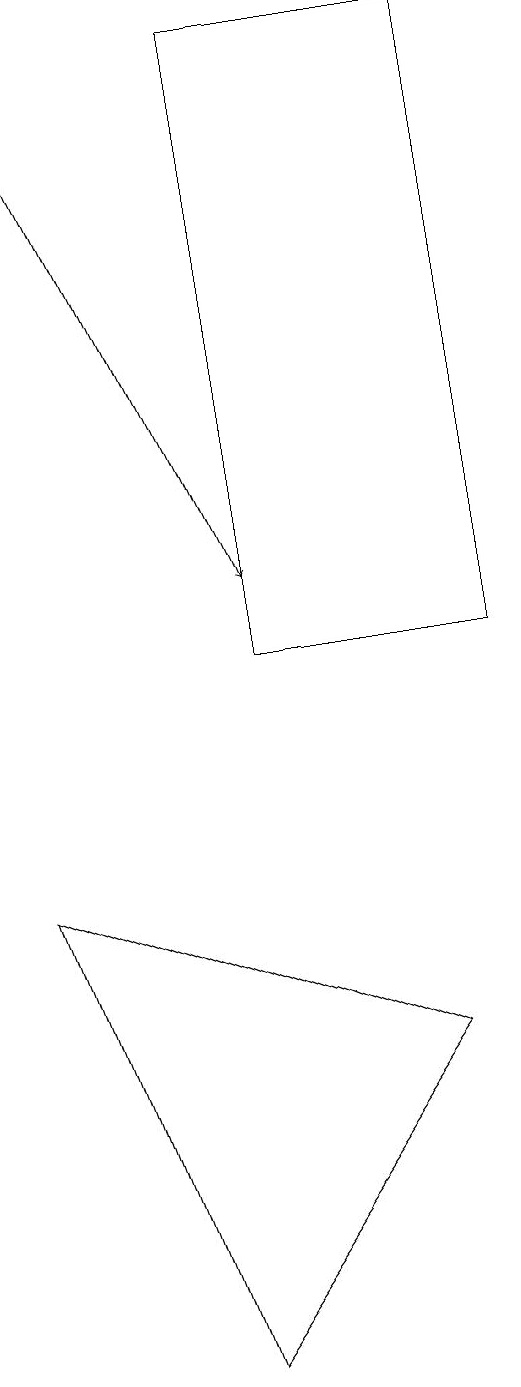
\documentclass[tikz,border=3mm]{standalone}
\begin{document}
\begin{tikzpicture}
\draw (6,10) rectangle (3,18);
\draw (0,7) -- (2,1) -- (5,5) -- cycle;
\draw[->] (0,18) -- (3,11);
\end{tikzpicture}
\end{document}